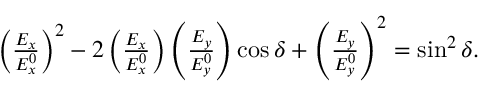
\begin{array} { r } { \left( \frac { E _ { x } } { E _ { x } ^ { 0 } } \right) ^ { 2 } - 2 \left( \frac { E _ { x } } { E _ { x } ^ { 0 } } \right) \left( \frac { E _ { y } } { E _ { y } ^ { 0 } } \right) \cos \delta + \left( \frac { E _ { y } } { E _ { y } ^ { 0 } } \right) ^ { 2 } = \sin ^ { 2 } \delta . } \end{array}